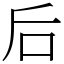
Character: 后